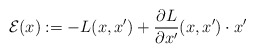
\begin{align*}\mathcal{E}(x) := -L(x,x') + \frac{\partial L}{\partial x'}(x,x') \cdot x'\end{align*}